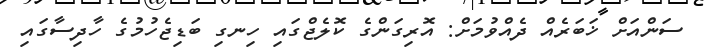
ސަންއަށް ޚަބަރެއް ދެއްވުމަށް: އޮރިގަންގެ ކޮލެޖްގައި ހިނގި ބަޑިޖެހުމުގެ ހާދިސާގައި